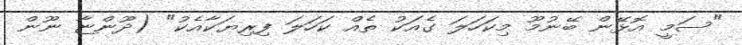
"ސަމީ އޮޅޭން ބޭނުމޫ މިކަހަލަ ގެއަކު ތެއް ކަހަލަ ފިރިޔަކާއެކު" (ދޫންޏާ ނޫން